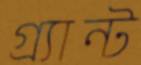
গ্র্যান্ট